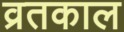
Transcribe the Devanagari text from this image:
व्रतकाल